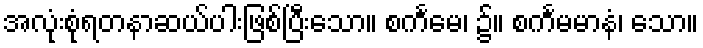
အလုံးစုံရတနာဆယ်ပါးဖြစ်ပြီးသော။ စင်္ကမေ၊ ၌။ စင်္ကမမာနံ၊ သော။